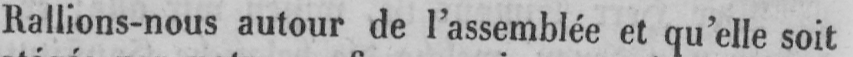
Rallions-nous autour de l’assemblée et qu’elle soit